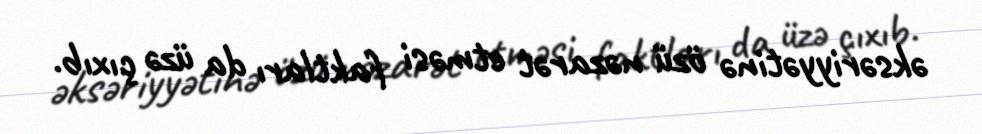
əksəriyyətinə özü nəzarət etməsi faktları da üzə çıxıb.